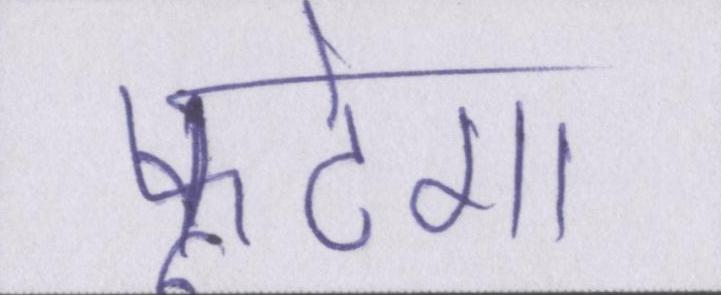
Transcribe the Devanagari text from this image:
फूटेगा